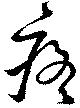
疼